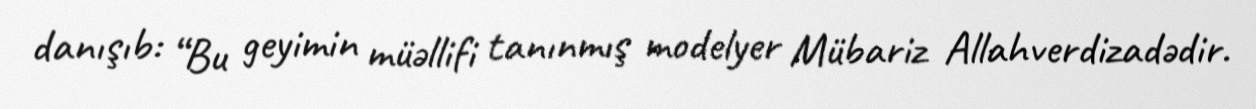
danışıb: “Bu geyimin müəllifi tanınmış modelyer Mübariz Allahverdizadədir.